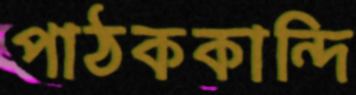
পাঠককান্দি